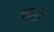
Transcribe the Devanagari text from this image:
चासो